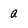
Character: q